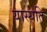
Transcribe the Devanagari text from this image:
यास्यति